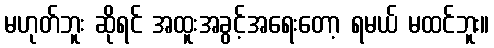
မဟုတ်ဘူး ဆိုရင် အထူးအခွင့်အရေးတော့ ရမယ် မထင်ဘူး။